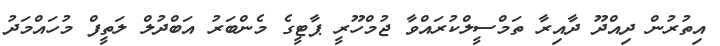
އިތުރުން ދިއްދޫ ދާއިރާ ތަމްސީލްކުރައްވާ ޖުމްހޫރީ ޕާޓީގެ މެންބަރު އަބްދުލް ލަތީފް މުހައްމަދު